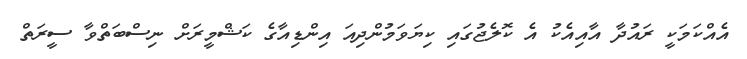
އެއްކަމަކީ ރައުދާ އާއިއެކު އެ ކޮލެޖުގައި ކިޔަވަމުންދިއަ އިންޑިއާގެ ކަޝްމީރަށް ނިސްބަތްވާ ސީރަތް